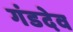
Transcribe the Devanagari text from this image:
गंडदेव